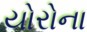
યોરોના